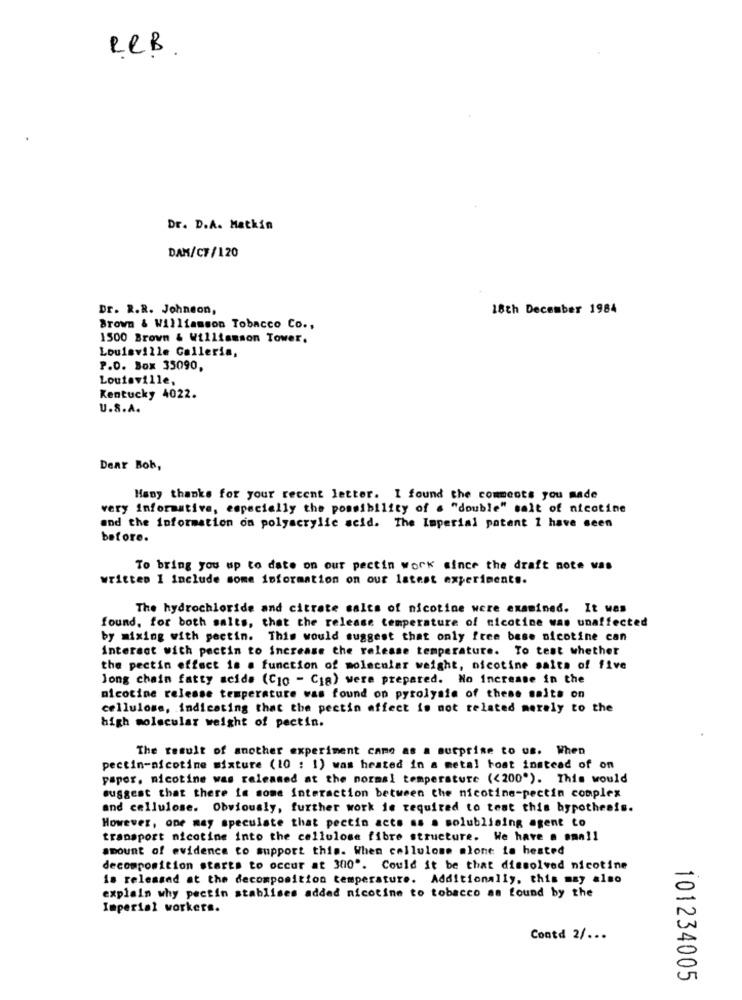
RRB.
Dr. D.A. Matkin
DAM/CF/120
Dr. R.R. Johnson,
18th December 1984
Brown & Williamson Tobacco Co .,
1500 Brown & Williamson Tower.
Louisville Galleria,
P.O. Box 35090,
Louisville,
Kentucky 4022.
U.S.A.
Dear Bob,
Many thanks for your recent letter. I found the comments you made
very informative, especially the possibility of a "double" salt of nicotine
and the information on polyacrylic acid. The Imperial patent 1 have seen
before.
To bring you up to date on our pectin work since the draft note was
written I include some information on our latest experiments.
The hydrochloride and citrate salts of nicotine were examined. It was
found, for both salts, that the release temperature of nicotine was unaffected
by mixing with pectin. This would suggest that only free base nicotine can
interact with pectin to increase the release temperature. To test whether
the pectin effect is a function of molecular weight, nicotine salts of five
Jong chain fatty acids (Cio - Cia) were prepared. No Increase in the
nicotine release temperature was found on pyrolysis of these salts on
cellulose, indicating that the pectin affect is not related merely to the
high molecular weight of pectin.
The result of another experiment came as a surprise to us. When
pectin-nicotine mixture (10 : 1) was hested in a metal boat instead of on
paper. nicotine was released at the normal temperature (<200"). This would
suggest that there is some interaction between the nicotine-pectin complex
and cellulose. Obviously, further work is required to test this hypothesis.
However, one may speculate that pectin acts as . solublining agent to
transport nicotine into the cellulose fibre structure. We have a small
amount of evidence to support this. When cellulose alone in hested
decomposition starts to occur at 300". Could it be that dissolved nicotine
is released at the decomposition temperature. Additionally, this may also
explain why pectin stablises added nicotine to tobacco an found by the
Imperial workers.
Contd 2/ ...
101234005